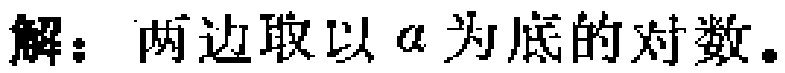
解：两边取以 \(a\) 为底的对数。